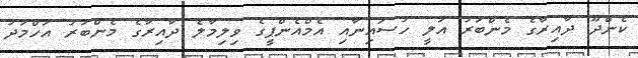
ކެންދޫ ދާއިރާގެ މެންބަރު އަލީ ހުސައިނާއި އެމްއެންޕީގެ ވިލިމާލެ ދާއިރާގެ މެންބަރު އަހްމަދު